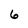
Character: 6